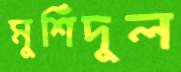
মুর্শিদুল